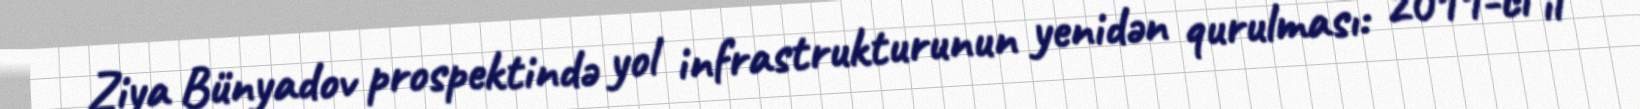
Ziya Bünyadov prospektində yol infrastrukturunun yenidən qurulması: 2011-ci il